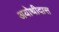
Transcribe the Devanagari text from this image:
अयोथीदास